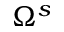
\Omega ^ { s }